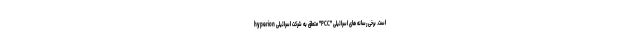
hyperion متعلق به شرکت اسرائیلی "PCC" است. برخی رسانه های اسرائیلی